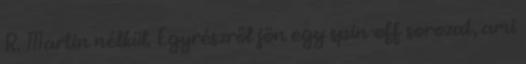
R. Martin nélkül. Egyrészről jön egy spin-off sorozat, ami